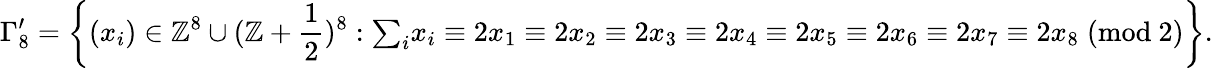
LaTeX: \Gamma_{8}^{\prime}=\left\{ (x_{i})\in\mathbb{Z}^{8}\cup(\mathbb{Z}+{\frac{1}{2}})^{8}:{{\textstyle\sum_{i}}x_{i}}\equiv 2x_{1}\equiv 2x_{2}\equiv 2x_{3}\equiv 2x_{4}\equiv 2x_{5}\equiv 2x_{6}\equiv 2x_{7}\equiv 2x_{8}\; ({\mathrm{mod~}}2)\right\} .